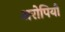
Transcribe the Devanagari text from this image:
अरोपियों